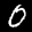
Label: 0